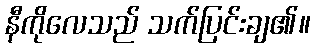
နီကိုလေသည် သက်ပြင်းချ၏။